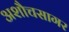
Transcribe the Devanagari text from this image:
अशौचसागर